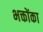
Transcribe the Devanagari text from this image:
भक्तोंका